Scientific memoirs by medical officers of the Army of India - Part IV,
Year: 1889
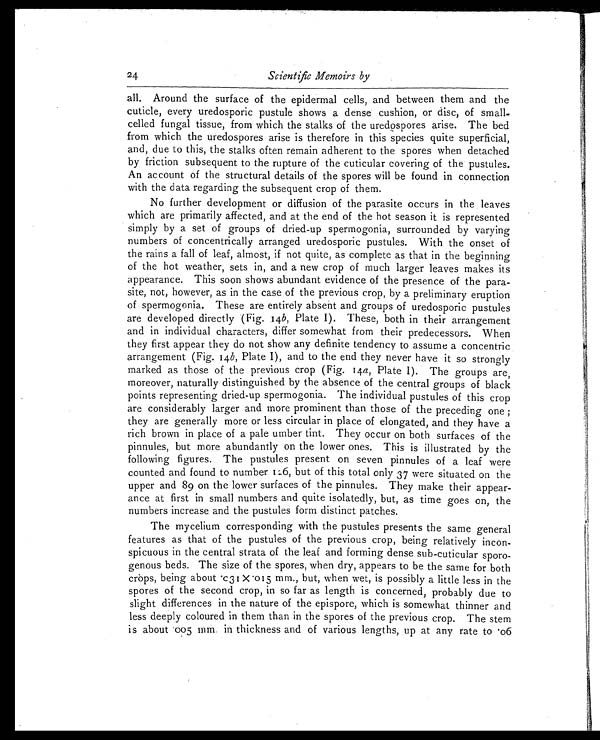
24
Scientific Memoirs by
all. Around the surface of the epidermal cells, and between them and the
cuticle, every uredosporic pustule shows a dense cushion, or disc, of small-
celled fungal tissue, from which the stalks of the uredospores arise. The bed
from which the uredospores arise is therefore in this species quite superficial,
and, due to this, the stalks often remain adherent to the spores when detached
by friction subsequent to the rupture of the cuticular covering of the pustules.
An account of the structural details of the spores will be found in connection
with the data regarding the subsequent crop of them.
No further development or diffusion of the parasite occurs in the leaves
which are primarily affected, and at the end of the hot season it is represented
simply by a set of groups of dried-up spermogonia, surrounded by varying
numbers of concentrically arranged uredosporic pustules. With the onset of
the rains a fall of leaf, almost, if not quite, as complete as that in the beginning
of the hot weather, sets in, and a new crop of much larger leaves makes its
appearance. This soon shows abundant evidence of the presence of the para
- s i t e , n o t , h o w e v e r , a s i n t h e c a s e o f t h e p r e v i o u s c r o p , b y a p r e l i m i n a r y e r u p t i o n
of spermogonia. These are entirely absent and groups of uredosporic pustules
are developed directly (Fig. 14b, Plate I). These, both in their arrangement
and in individual characters, differ somewhat from their predecessors. When
they first appear they do not show any definite tendency to assume a concentric
arrangement (Fig. 14b , Plate I), and to the end they never have it so strongly
marked as those of the previous crop (Fig. 14a, Plate I). The groups are,
moreover, naturally distinguished by the absence of the central groups of black
points representing dried-up spermogonia. The individual pustules of this crop
are considerably larger and more prominent than those of the preceding one;
they are generally more or less circular in place of elongated, and they have a
rich brown in place of a pale umber tint. They occur on both surfaces of the
pinnules, but more abundantly on the lower ones. This is illustrated by the
following figures. The pustules present on seven pinnules of a leaf were
counted and found to number 126, but of this total only 37 were situated on the
upper and 89 on the lower surfaces of the pinnules. They make their appear
-ance at first in small numbers and quite isolatedly, but, as time goes on, the
numbers increase and the pustules form distinct patches.
The mycelium corresponding with the pustules presents the same general
features as that of the pustules of the previous crop, being relatively incon
-spicuous in the central strata of the leaf and forming dense sub-cuticular sporo
- g e n o u s b e d s . T h e s i z e o f t h e s p o r e s , w h e n d r y , a p p e a r s t o b e t h e s a m e f o r b o t h
c r ops , be i ng a bout . c 31 x . 015 mm. , but , whe n we t , i s pos s i bl y a l i t t l e l e s s i n t he
spores of the second crop, in so far as length is concerned, probably due to
slight differences in the nature of the epispore, which is somewhat thinner and
less deeply coloured in them than in the spores of the previous crop. The stem
is about .005 mm in thickness and of various lengths, up at any rate to .06